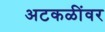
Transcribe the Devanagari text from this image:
अटकळींवर